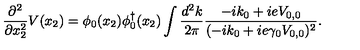
\frac { \partial ^ { 2 } } { \partial x _ { 2 } ^ { 2 } } V ( x _ { 2 } ) = \phi _ { 0 } ( x _ { 2 } ) \phi _ { 0 } ^ { \dagger } ( x _ { 2 } ) \int \frac { d ^ { 2 } k } { 2 \pi } \frac { - i k _ { 0 } + i e V _ { 0 , 0 } } { ( - i k _ { 0 } + i e \gamma _ { 0 } V _ { 0 , 0 } ) ^ { 2 } } .